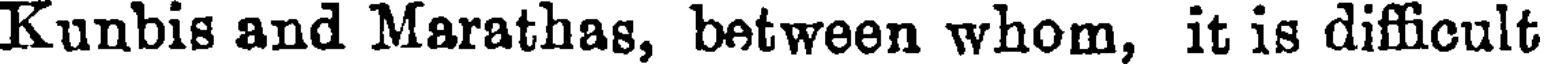
Kunbis and Marathas, between whom, it is difficult